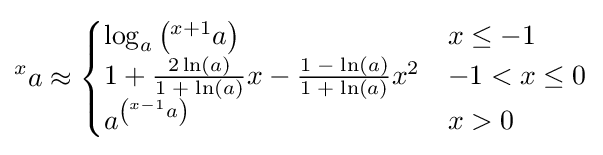
{}^{x}a\approx {\begin{cases}\log _{a}\left({}^{x+1}a\right)&x\leq -1\\1+{\frac {2\ln(a)}{1\;+\;\ln(a)}}x-{\frac {1\;-\;\ln(a)}{1\;+\;\ln(a)}}x^{2}&-1<x\leq 0\\a^{\left({}^{x-1}a\right)}&x>0\end{cases}}